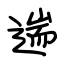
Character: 遄